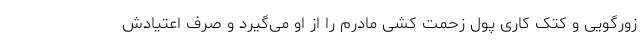
زورگویی و کتک کاری پول زحمت کشی مادرم را از او می‌گیرد و صرف اعتیادش